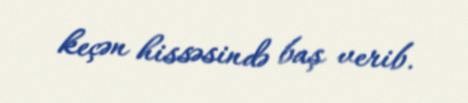
keçən hissəsində baş verib.